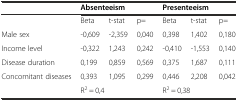
<table><thead><tr><td></td><td colspan="3"><b>Absenteeism</b></td><td colspan="3"><b>Presenteeism</b></td></tr></thead><tbody><tr><td></td><td>Beta</td><td>t-stat</td><td>p=</td><td>Beta</td><td>t-stat</td><td>p=</td></tr><tr><td>Male sex</td><td>-0,609</td><td>-2,359</td><td>0,040</td><td>0,398</td><td>1,402</td><td>0,180</td></tr><tr><td>Income level</td><td>-0,322</td><td>1,243</td><td>0,242</td><td>-0,410</td><td>-1,553</td><td>0,140</td></tr><tr><td>Disease duration</td><td>0,199</td><td>0,859</td><td>0,569</td><td>0,375</td><td>1,687</td><td>0,111</td></tr><tr><td>Concomitant diseases</td><td>0,393</td><td>1,095</td><td>0,299</td><td>0,446</td><td>2,208</td><td>0,042</td></tr><tr><td></td><td colspan="3">R<sup>2</sup> = 0,4</td><td colspan="3">R<sup>2</sup> = 0,38</td></tr></tbody></table>